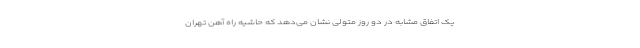
یک اتفاق مشابه در دو روز متولی نشان می‌دهد که حاشیه راه آهن تهران